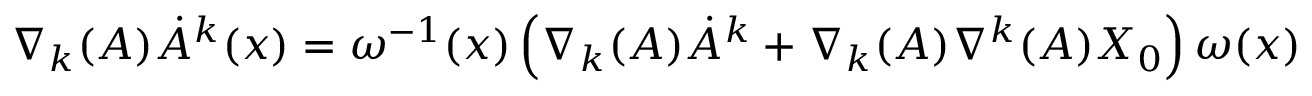
\nabla _ { k } ( A ) \dot { A } ^ { k } ( x ) = \omega ^ { - 1 } ( x ) \left( \nabla _ { k } ( { \cal A } ) { \dot { \cal A } } ^ { k } + \nabla _ { k } ( { \cal A } ) \nabla ^ { k } ( { \cal A } ) X _ { 0 } \right) \omega ( x )